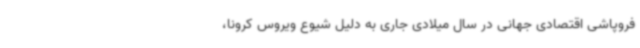
فروپاشی اقتصادی جهانی در سال میلادی جاری به دلیل شیوع ویروس کرونا،